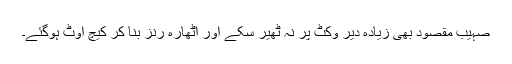
صہیب مقصود بھی زیادہ دیر وکٹ پر نہ ٹھیر سکے اور اٹھارہ رنز بنا کر کیچ آوٹ ہوگئے۔